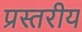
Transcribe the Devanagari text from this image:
प्रस्तरीय